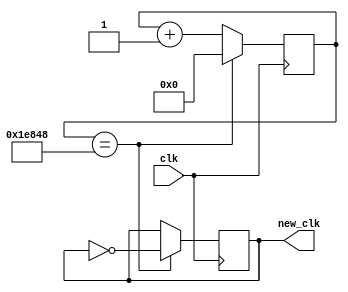
module prog_clk# (parameter N = 17, parameter MAX = 125000) (
    input clk, 
    output reg new_clk);
    
    reg [N-1:0] counter;     // log2(125000)
    always @(posedge clk) begin
        if(counter == MAX)
        begin
            counter <= 0;
            new_clk <= ~new_clk ;
        end
        else
            counter <= counter + 1;
    end
endmodule